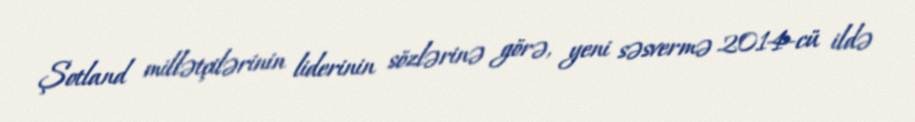
Şotland millətçilərinin liderinin sözlərinə görə, yeni səsvermə 2014-cü ildə